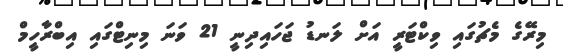
މިރޭގެ މެޗުގައި ވިކްޓަރީ އަށް ލަނޑު ޖަހައިދިނީ 21 ވަނަ މިނިޓްގައި އިބްރާހީމް